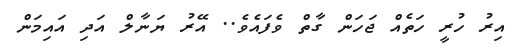
އިރު ހުރީ ހަތެއް ޖަހަން ގާތް ވެފައެވެ.. އޭރު ޔަނާލް އަދި އައިމަން